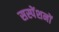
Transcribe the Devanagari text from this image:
सस्पेंशनों